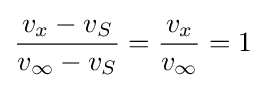
{v_{x}-v_{S} \over v_{\infty }-v_{S}}={v_{x} \over v_{\infty }}=1